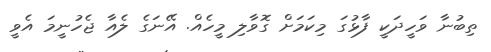
ތިބުނާ ވަހީދަކީ ފާޅުގަ މިކަމަށް ގޮވާލި މީހެއް. އޭނަގެ ލެއާ ޖެހުނީމަ އެވީ